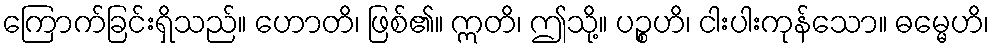
ကြောက်ခြင်းရှိသည်။ ဟောတိ၊ ဖြစ်၏။ ဣတိ၊ ဤသို့။ ပဉ္စဟိ၊ ငါးပါးကုန်သော။ ဓမ္မေဟိ၊